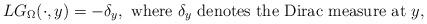
LaTeX: \begin{align*}LG_{\Omega}(\cdot,y)=-\delta_y, \hbox{ where $\delta_y$ denotes the Dirac measure at $y$,}\end{align*}